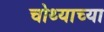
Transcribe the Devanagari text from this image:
चोथ्याच्या